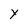
Character: Y